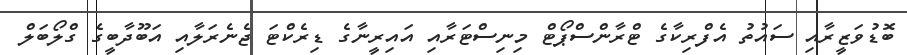
ބޮޑުވަޒީރާއި ސައުތު އެފްރިކާގެ ޓްރާންސްޕޯޓް މިނިސްޓަރާއި އައިރީނާގެ ޑިރެކްޓަ ޖެނެރަލާއި އަބޫދާބީގެ ގްލޯބަލް